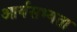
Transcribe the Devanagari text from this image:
आर्यसभ्यता